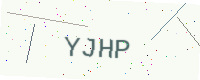
Text: YJHP